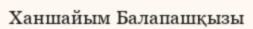
Ханшайым Балапашқызы